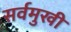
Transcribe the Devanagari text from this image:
सर्वमुखी